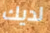
لديك